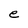
Character: e